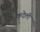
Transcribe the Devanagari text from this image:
कुदेली